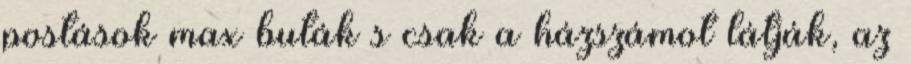
postások max buták s csak a házszámot látják, az